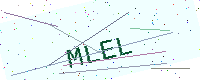
Text: MLEL